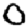
Digit: 0